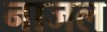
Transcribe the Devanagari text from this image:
नाजल